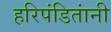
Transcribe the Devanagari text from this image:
हरिपंडितांनी